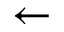
\gets